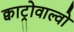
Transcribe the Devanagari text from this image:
क्वाट्रोवाल्वो